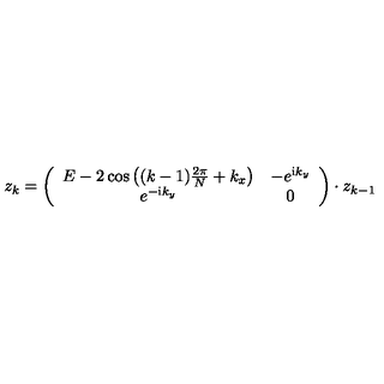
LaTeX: z _ { k } = \left( \begin{array} { c c } { E - 2 \cos \left( ( k - 1 ) \frac { 2 \pi } { N } + k _ { x } \right) } & { - e ^ { { \mathrm i } k _ { y } } } \\ { e ^ { - { \mathrm i } k _ { y } } } & { 0 } \\ \end{array} \right) \cdot z _ { k - 1 }